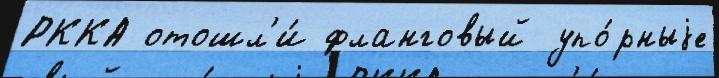
РККА отошл'и́ фланговый упо́рныjе